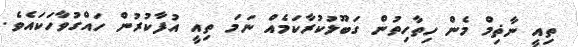
ތިއީ ނާޡިމް މެން ހިތާހިތުން ގަބޫލުކުރާކަމެއް ނަމަ ތިއީ އުފާކުރުން ހައްގުވާހަކައެވެ.